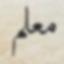
معلم